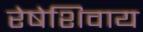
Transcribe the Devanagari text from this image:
रेषेशिवाय